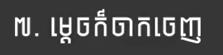
៧. ម្ដេចក៏ចាកចេញ